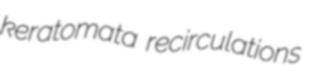
keratomata recirculations